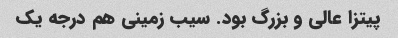
پیتزا عالی و بزرگ بود. سیب زمینی هم درجه یک